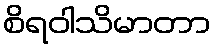
စိရဝါသိမာတာ